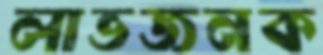
লাভজনক